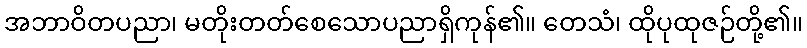
အဘာဝိတပညာ၊ မတိုးတတ်စေသောပညာရှိကုန်၏။ တေသံ၊ ထိုပုထုဇဉ်တို့၏။